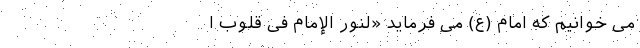
می خوانیم که امام (ع) می فرماید «لَنُورُ الْإِمَامِ فِی قُلُوبِ ا